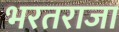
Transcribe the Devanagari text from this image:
भरतराजा